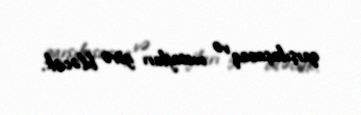
qarşılaşacaq və mesajları görə biləcək.